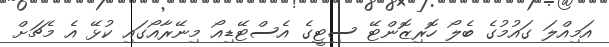
އަމިއްލަ ގައުމުގެ ބެލޯ ހޮރިޒޮންޓޭ ސިޓީގެ އެސްޓޭޑިއޯ މިނޭރާއޯގައި ކުޅޭ އެ މެޗަށް